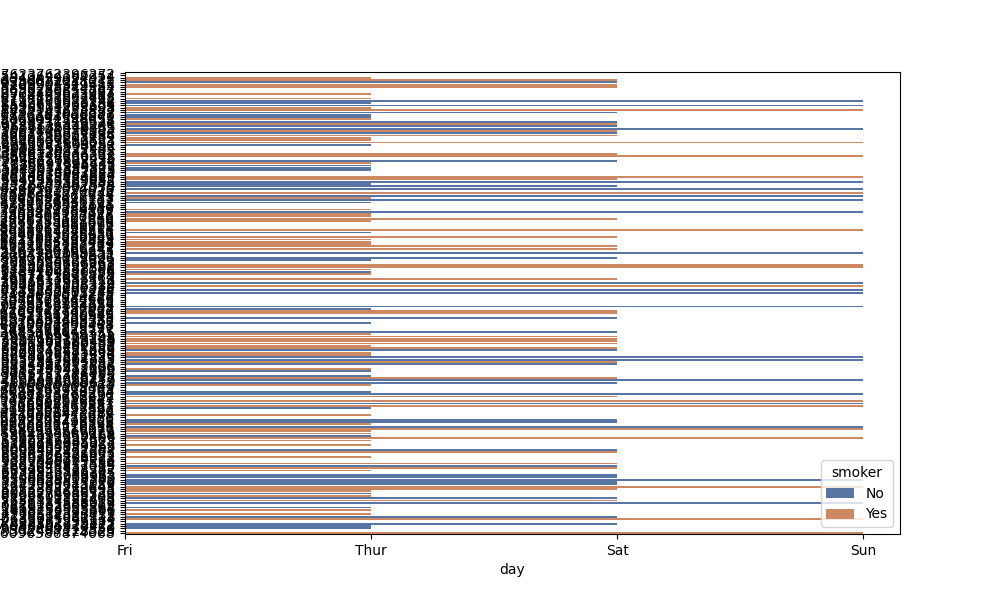
python, seaborn, barplot, hue='smoker', palette='deep', ci=95, orient='h'